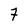
Character: 7